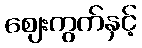
ဈေးကွက်နှင့်